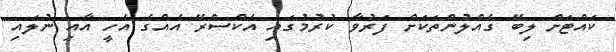
ކައްޓަށް ލިބޭ ގެއްލުންތަކަށް ފަރުވާ ކުރުމުގައި އެކްސްރޭ އެއްގެ އެހީ އާއި ނުލައި